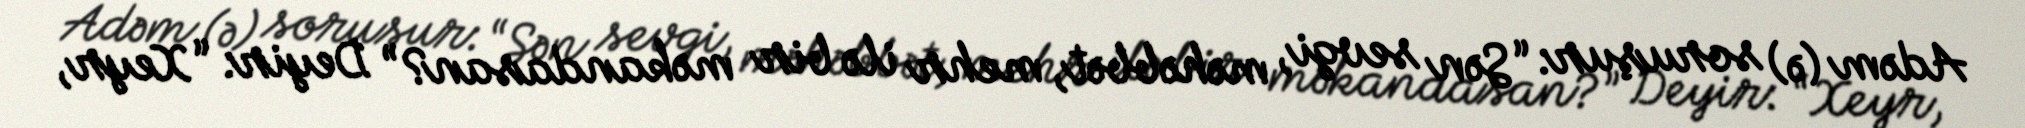
Adəm (ə) soruşur: “Sən sevgi, məhəbbət, mehr ilə bir məkandasan?” Deyir: “Xeyr,